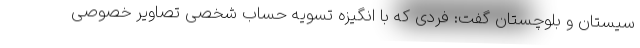
سیستان و بلوچستان گفت: فردی که با انگیزه تسویه حساب شخصی تصاویر خصوصی